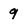
Character: 9